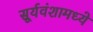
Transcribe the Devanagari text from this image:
सूर्यवंशामध्ये